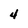
Character: 4